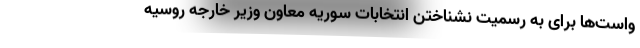
واست‌ها برای به رسمیت نشناختن انتخابات سوریه معاون وزیر خارجه روسیه